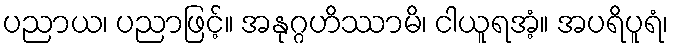
ပညာယ၊ ပညာဖြင့်။ အနုဂ္ဂဟိဿာမိ၊ ငါယူရအံ့။ အပရိပူရံ၊